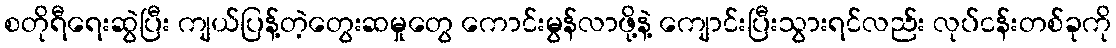
စတိုရီရေးဆွဲပြီး ကျယ်ပြန့်တဲ့တွေးဆမှုတွေ ကောင်းမွန်လာဖို့နဲ့ ကျောင်းပြီးသွားရင်လည်း လုပ်ငန်းတစ်ခုကို